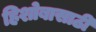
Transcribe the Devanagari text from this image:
हिशोबासाठी